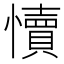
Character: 𭟐